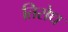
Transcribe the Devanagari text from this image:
तिरोध